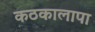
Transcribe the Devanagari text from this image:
कठकालापा